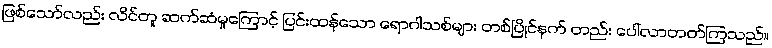
ဖြစ်သော်လည်း လိင်တူ ဆက်ဆံမှုကြောင့် ပြင်းထန်သော ရောဂါသစ်များ တစ်ပြိုင်နက် တည်း ပေါ်လာတတ်ကြသည်။